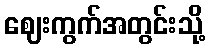
ဈေးကွက်အတွင်းသို့